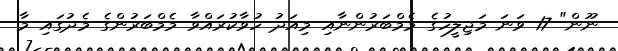
ނޫން" 17 ވަނަ މަޖިލީހުގެ މެމްބަރުންނާއި މިއަދު ހުވާކުރައްވާ މެމްބަރުންގެ މެދުގައި މާ